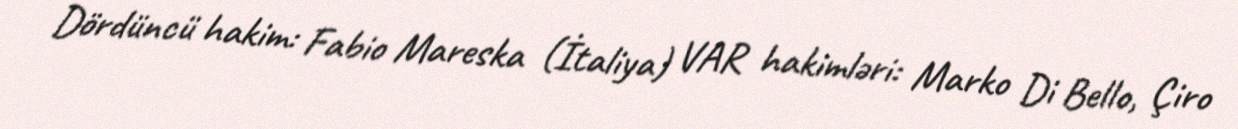
Dördüncü hakim: Fabio Mareska (İtaliya) VAR hakimləri: Marko Di Bello, Çiro